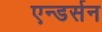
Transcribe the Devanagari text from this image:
एन्डर्सन